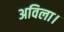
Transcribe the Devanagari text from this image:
अविला।